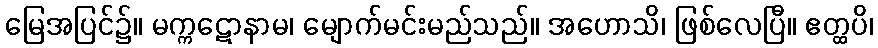
မြေအပြင်၌။ မက္ကဋောနာမ၊ မျောက်မင်းမည်သည်။ အဟောသိ၊ ဖြစ်လေပြီ။ ဧတ္ထပိ၊